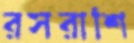
রসরাশি